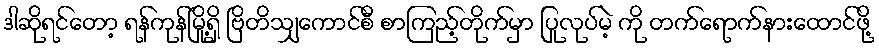
ဒါဆိုရင်တော့ ရန်ကုန်မြို့ရှိ ဗြိတိသျှကောင်စီ စာကြည့်တိုက်မှာ ပြုလုပ်မဲ့ ကို တက်ရောက်နားထောင်ဖို့